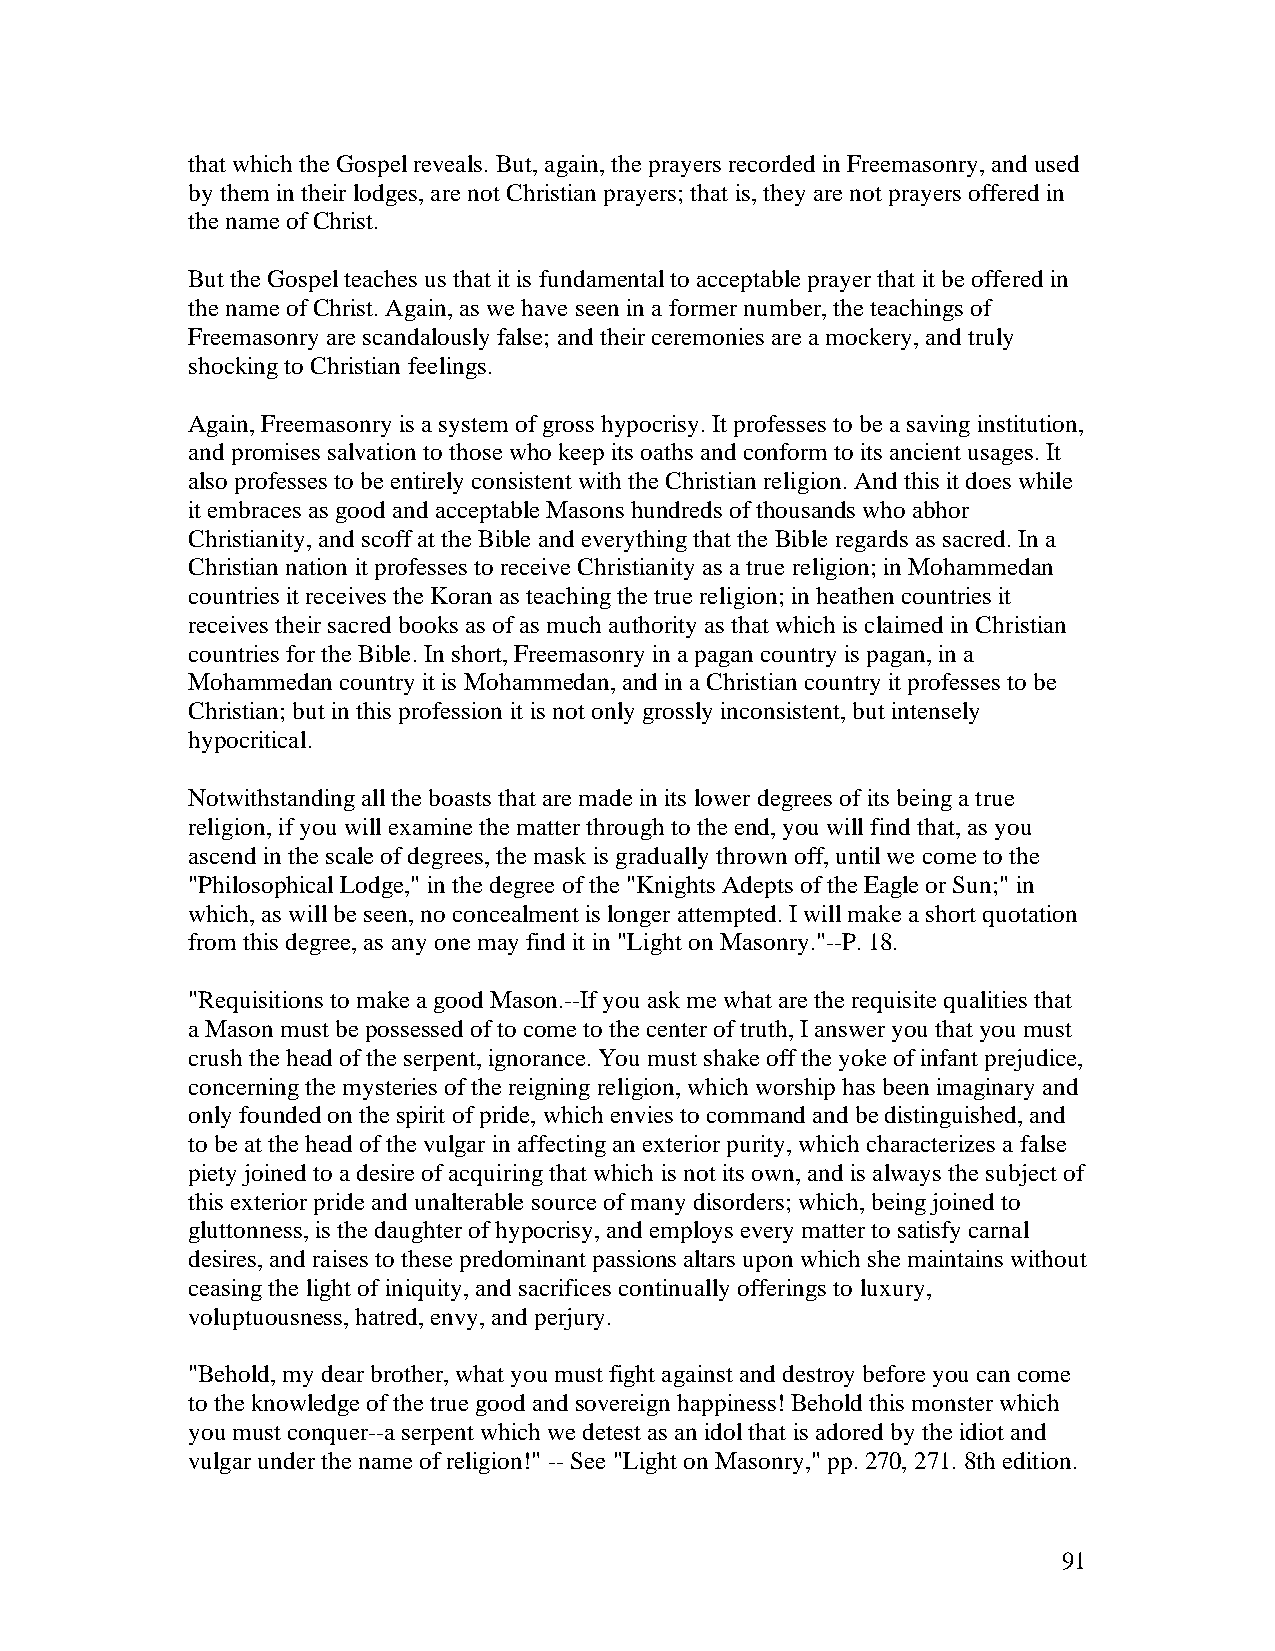
that which the Gospel reveals. But, again, the prayers recorded in Freemasonry, and used
 by them in their lodges, are not Christian prayers; that is, they are not prayers offered in
 the name of Christ.
 But the Gospel teaches us that it is fundamental to acceptable prayer that it be offered in
 the name of Christ. Again, as we have seen in a former number, the teachings of
 Freemasonry are scandalously false; and their ceremonies are a mockery, and truly
 shocking to Christian feelings.
 Again, Freemasonry is a system of gross hypocrisy. It professes to be a saving institution,
 and promises salvation to those who keep its oaths and conform to its ancient usages. It
 also professes to be entirely consistent with the Christian religion. And this it does while
 it embraces as good and acceptable Masons hundreds of thousands who abhor
 Christianity, and scoff at the Bible and everything that the Bible regards as sacred. In a
 Christian nation it professes to receive Christianity as a true religion; in Mohammedan
 countries it receives the Koran as teaching the true religion; in heathen countries it
 receives their sacred books as of as much authority as that which is claimed in Christian
 countries for the Bible. In short, Freemasonry in a pagan country is pagan, in a
 Mohammedan country it is Mohammedan, and in a Christian country it professes to be
 Christian; but in this profession it is not only grossly inconsistent, but intensely
 hypocritical.
 Notwithstanding all the boasts that are made in its lower degrees of its being a true
 religion, if you will examine the matter through to the end, you will find that, as you
 ascend in the scale of degrees, the mask is gradually thrown off, until we come to the
 "Philosophical Lodge," in the degree of the "Knights Adepts of the Eagle or Sun;" in
 which, as will be seen, no concealment is longer attempted. I will make a short quotation
 from this degree, as any one may find it in "Light on Masonry."--P. 18.
 "Requisitions to make a good Mason.--If you ask me what are the requisite qualities that
 a Mason must be possessed of to come to the center of truth, I answer you that you must
 crush the head of the serpent, ignorance. You must shake off the yoke of infant prejudice,
 concerning the mysteries of the reigning religion, which worship has been imaginary and
 only founded on the spirit of pride, which envies to command and be distinguished, and
 to be at the head of the vulgar in affecting an exterior purity, which characterizes a false
 piety joined to a desire of acquiring that which is not its own, and is always the subject of
 this exterior pride and unalterable source of many disorders; which, being joined to
 gluttonness, is the daughter of hypocrisy, and employs every matter to satisfy carnal
 desires, and raises to these predominant passions altars upon which she maintains without
 ceasing the light of iniquity, and sacrifices continually offerings to luxury,
 voluptuousness, hatred, envy, and perjury.
 "Behold, my dear brother, what you must fight against and destroy before you can come
 to the knowledge of the true good and sovereign happiness! Behold this monster which
 you must conquer--a serpent which we detest as an idol that is adored by the idiot and
 vulgar under the name of religion!" -- See "Light on Masonry," pp. 270, 271. 8th edition.
 91